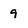
Character: 9